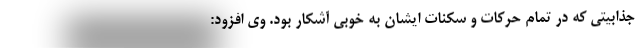
جذابیتی که در تمام حرکات و سکنات ایشان به خوبی آشکار بود. وی افزود: